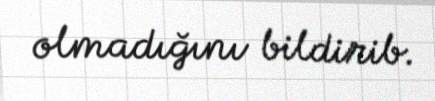
olmadığını bildirib.